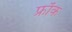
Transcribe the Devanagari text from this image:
फ्राॅक